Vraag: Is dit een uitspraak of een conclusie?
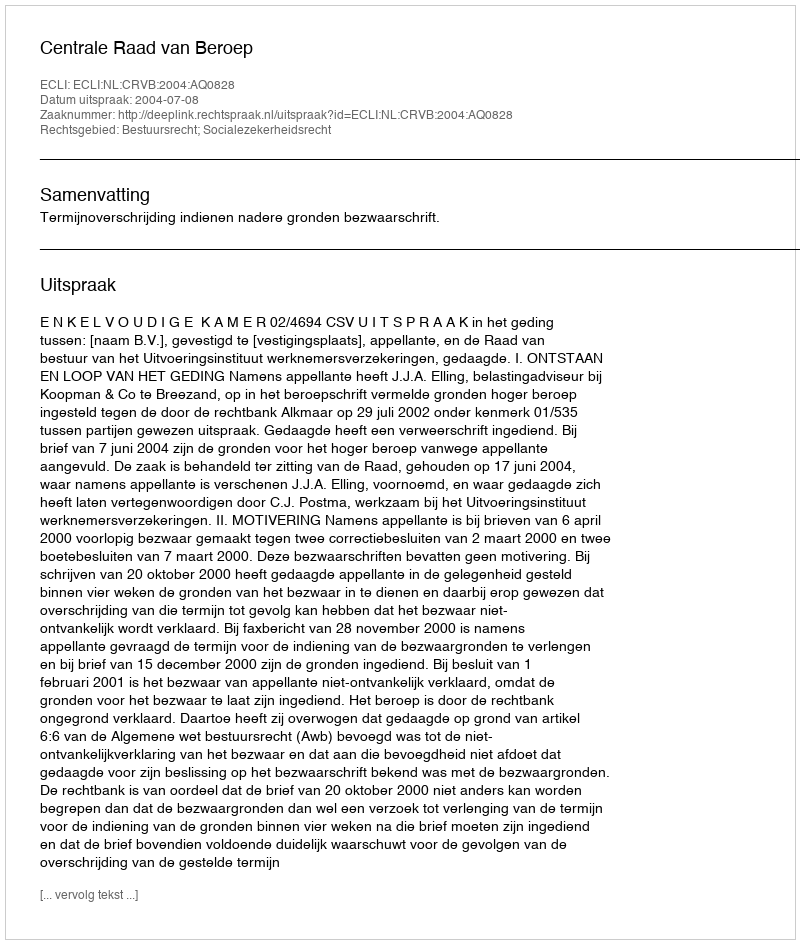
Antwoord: Uitspraak